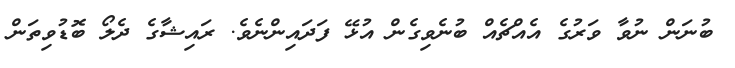
ބުނަން ނުވާ ވަރުގެ އެއްޗެއް ބުނެވިގެން އުޅޭ ފަދައިންނެވެ. ރައިޝާގެ ދެލޯ ބޮޑުވިތަން